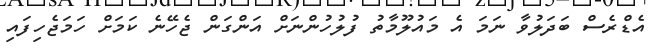
އެޑްރެސް ބަދަލުވާ ނަމަ އެ މައުލޫމާތު ފުލުހުންނަށް އަންގަން ޖެހޭނެ ކަމަށް ހަމަޖެހިފައި